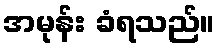
အမုန်း ခံရသည်။